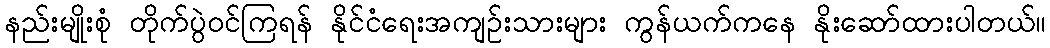
နည်းမျိုးစုံ တိုက်ပွဲဝင်ကြရန် နိုင်ငံရေးအကျဉ်းသားများ ကွန်ယက်ကနေ နိုးဆော်ထားပါတယ်။